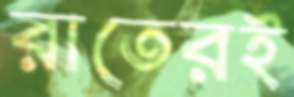
রাতেরই